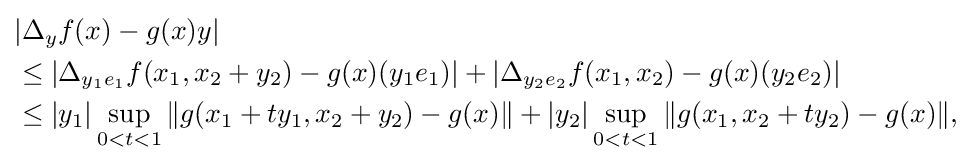
{\begin{aligned}&|\Delta _{y}f(x)-g(x)y|\\&\leq |\Delta _{y_{1}e_{1}}f(x_{1},x_{2}+y_{2})-g(x)(y_{1}e_{1})|+|\Delta _{y_{2}e_{2}}f(x_{1},x_{2})-g(x)(y_{2}e_{2})|\\&\leq |y_{1}|\sup _{0<t<1}\|g(x_{1}+ty_{1},x_{2}+y_{2})-g(x)\|+|y_{2}|\sup _{0<t<1}\|g(x_{1},x_{2}+ty_{2})-g(x)\|,\end{aligned}}